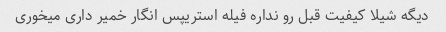
دیگه شیلا کیفیت قبل رو نداره فیله استریپس انگار خمیر داری میخوری